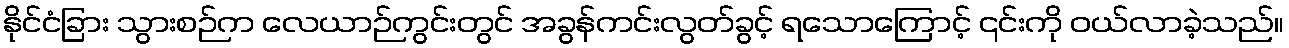
နိုင်ငံခြား သွားစဉ်က လေယာဉ်ကွင်းတွင် အခွန်ကင်းလွတ်ခွင့် ရသောကြောင့် ၎င်းကို ဝယ်လာခဲ့သည်။